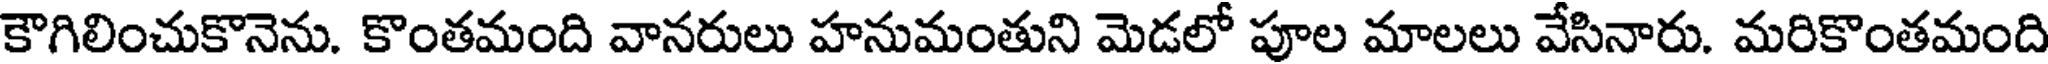
కౌగిలించుకొనెను. కొంతమంది వానరులు హనుమంతుని మెడలో పూల మాలలు వేసినారు. మరికొంతమంది